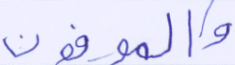
والموفون